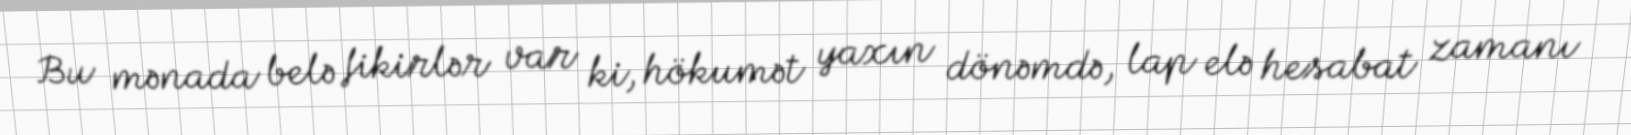
Bu mənada belə fikirlər var ki, hökumət yaxın dönəmdə, lap elə hesabat zamanı